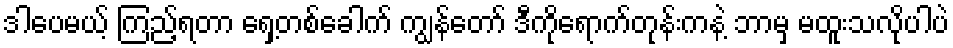
ဒါပေမယ့် ကြည့်ရတာ ရှေ့တစ်ခေါက် ကျွန်တော် ဒီကိုရောက်တုန်းကနဲ့ ဘာမှ မထူးသလိုပါပဲ